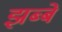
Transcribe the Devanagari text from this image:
झब्बे